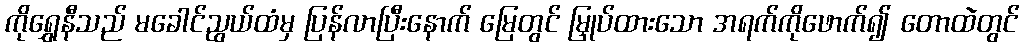
ကိုရွှေနီသည် မခေါင်ညွယ်ထံမှ ပြန်လာပြီးနောက် မြေတွင် မြှုပ်ထားသော အရက်ကိုဖောက်၍ တောထဲတွင်